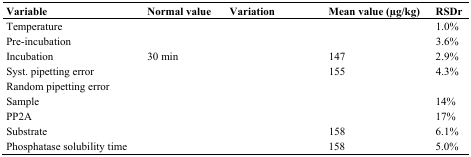
<table><thead><tr><td><b>Variable</b></td><td><b>Normal value</b></td><td><b>Variation</b></td><td><b>Mean value (μg/kg)</b></td><td><b>RSDr</b></td></tr></thead><tbody><tr><td>Temperature</td><td>[EMPTY_CELL]</td><td>[EMPTY_CELL]</td><td>[EMPTY_CELL]</td><td>1.0%</td></tr><tr><td>Pre-incubation</td><td>[EMPTY_CELL]</td><td>[EMPTY_CELL]</td><td>[EMPTY_CELL]</td><td>3.6%</td></tr><tr><td>Incubation</td><td>30 min</td><td>[EMPTY_CELL]</td><td>147</td><td>2.9%</td></tr><tr><td>Syst. pipetting error</td><td>[EMPTY_CELL]</td><td>[EMPTY_CELL]</td><td>155</td><td>4.3%</td></tr><tr><td>Random pipetting error</td><td>[EMPTY_CELL]</td><td>[EMPTY_CELL]</td><td>[EMPTY_CELL]</td><td>[EMPTY_CELL]</td></tr><tr><td>Sample</td><td>[EMPTY_CELL]</td><td>[EMPTY_CELL]</td><td>[EMPTY_CELL]</td><td>14%</td></tr><tr><td>PP2A</td><td>[EMPTY_CELL]</td><td>[EMPTY_CELL]</td><td>[EMPTY_CELL]</td><td>17%</td></tr><tr><td>Substrate</td><td>[EMPTY_CELL]</td><td>[EMPTY_CELL]</td><td>158</td><td>6.1%</td></tr><tr><td>Phosphatase solubility time</td><td>[EMPTY_CELL]</td><td>[EMPTY_CELL]</td><td>158</td><td>5.0%</td></tr></tbody></table>